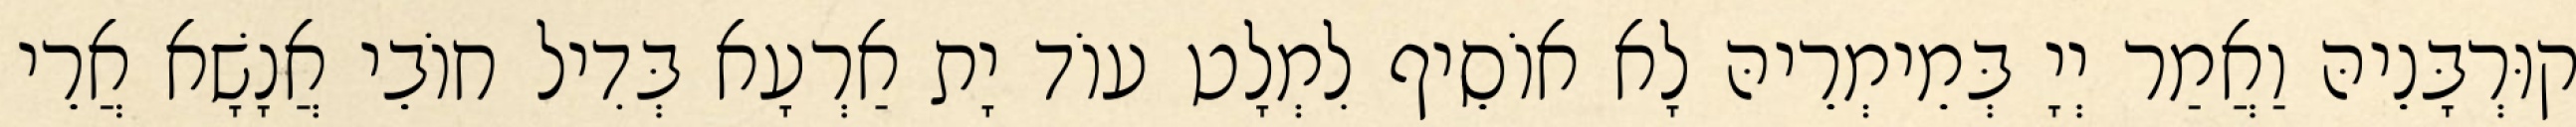
קוּרְבָּנֵיהּ וַאֲמַר יְיָ בְּמֵימְרֵיהּ לָא אוֹסֵיף לִמְלָט עוֹד יָת אַרְעָא בְּדִיל חוֹבֵי אֲנָשָׁא אֲרֵי